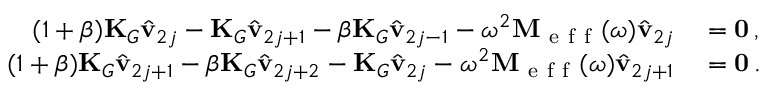
\begin{array} { r l } { ( 1 + \beta ) \mathbf { K } _ { G } \hat { \mathbf { v } } _ { 2 j } - \mathbf { K } _ { G } \hat { \mathbf { v } } _ { 2 j + 1 } - \beta \mathbf { K } _ { G } \hat { \mathbf { v } } _ { 2 j - 1 } - \omega ^ { 2 } \mathbf { M } _ { \mathrm { ~ e ~ f ~ f ~ } } ( \omega ) \hat { \mathbf { v } } _ { 2 j } } & { { } = \mathbf { 0 } \, , } \\ { ( 1 + \beta ) \mathbf { K } _ { G } \hat { \mathbf { v } } _ { 2 j + 1 } - \beta \mathbf { K } _ { G } \hat { \mathbf { v } } _ { 2 j + 2 } - \mathbf { K } _ { G } \hat { \mathbf { v } } _ { 2 j } - \omega ^ { 2 } \mathbf { M } _ { \mathrm { ~ e ~ f ~ f ~ } } ( \omega ) \hat { \mathbf { v } } _ { 2 j + 1 } } & { { } = \mathbf { 0 } \, . } \end{array}